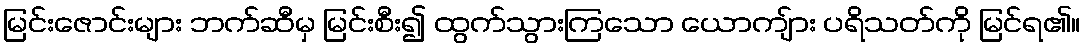
မြင်းဇောင်းများ ဘက်ဆီမှ မြင်းစီး၍ ထွက်သွားကြသော ယောကျ်ား ပရိသတ်ကို မြင်ရ၏။